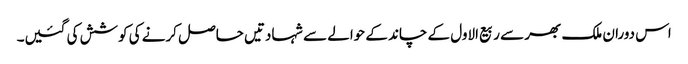
اس دوران ملک بھر سے ربیع الاول کے چاند کے حوالے سے شہادتیں حاصل کرنے کی کوشش کی گئیں۔